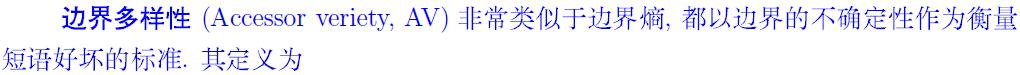
边界多样性 (Accessor veriety, AV) 非常类似于边界熵, 都以边界的不确定性作为衡量短语好坏的标准. 其定义为